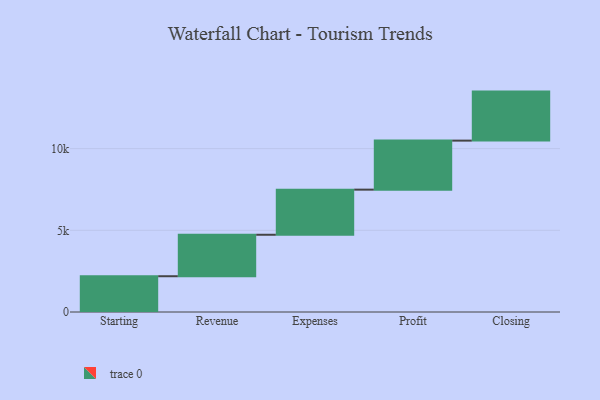
{"axis": {"x": "Step", "y": "Value"}, "legend": [""], "data": [{"x": "Starting", "y": 2189.0, "type": ""}, {"x": "Revenue", "y": 2538.0, "type": ""}, {"x": "Expenses", "y": 2762.0, "type": ""}, {"x": "Profit", "y": 3000, "type": ""}, {"x": "Closing", "y": 3000, "type": ""}]}